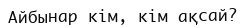
Айбынар кім, кім ақсай?